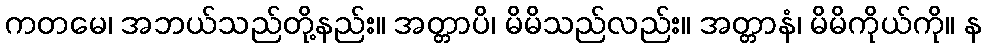
ကတမေ၊ အဘယ်သည်တို့နည်း။ အတ္တာပိ၊ မိမိသည်လည်း။ အတ္တာနံ၊ မိမိကိုယ်ကို။ န